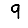
Digit: 9